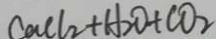
C a C l _ { 2 } + H _ { 2 } O + C O _ { 2 }